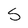
Character: S